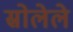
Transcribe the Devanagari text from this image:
स्रोलेले